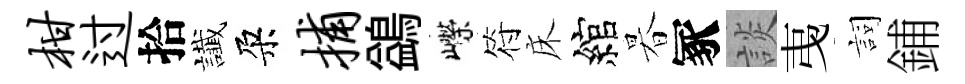
柑过拾䜟朶捕鷁嶸符床綰暮冢談𢎯詞鋪